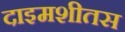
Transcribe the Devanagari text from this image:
दाइमशीतस